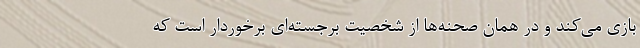
بازی می‌کند و در همان صحنه‌ها از شخصیتِ برجسته‌ای برخوردار است که